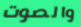
والصوت